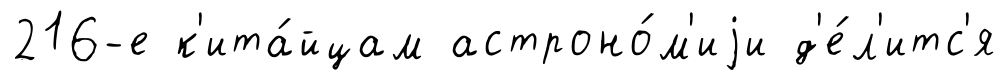
216-е к'ита́йцам астроно́м'иjи д'е́л'итс'я